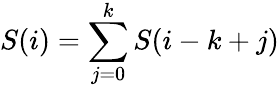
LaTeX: S(i)=\sum_{j=0}^{k}S(i-k+j)